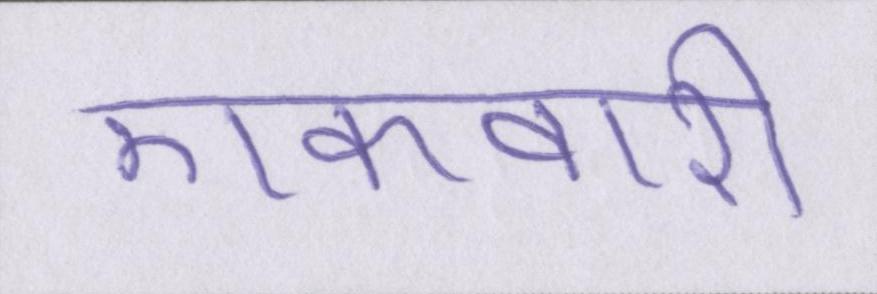
एकवारी